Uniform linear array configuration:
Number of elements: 64
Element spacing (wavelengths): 1
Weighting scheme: uniform
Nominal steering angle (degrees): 30
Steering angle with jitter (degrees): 28.928
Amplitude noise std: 0.05
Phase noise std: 0.05

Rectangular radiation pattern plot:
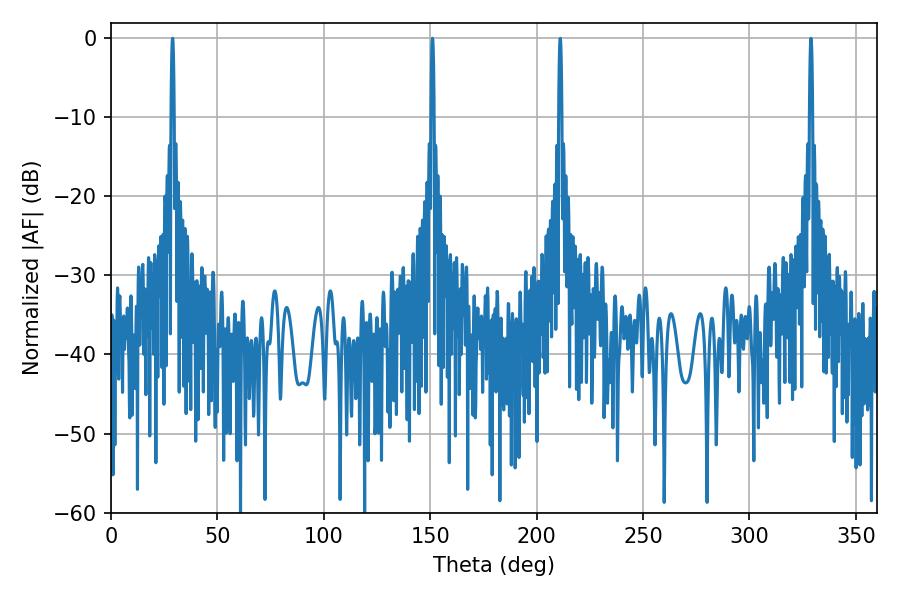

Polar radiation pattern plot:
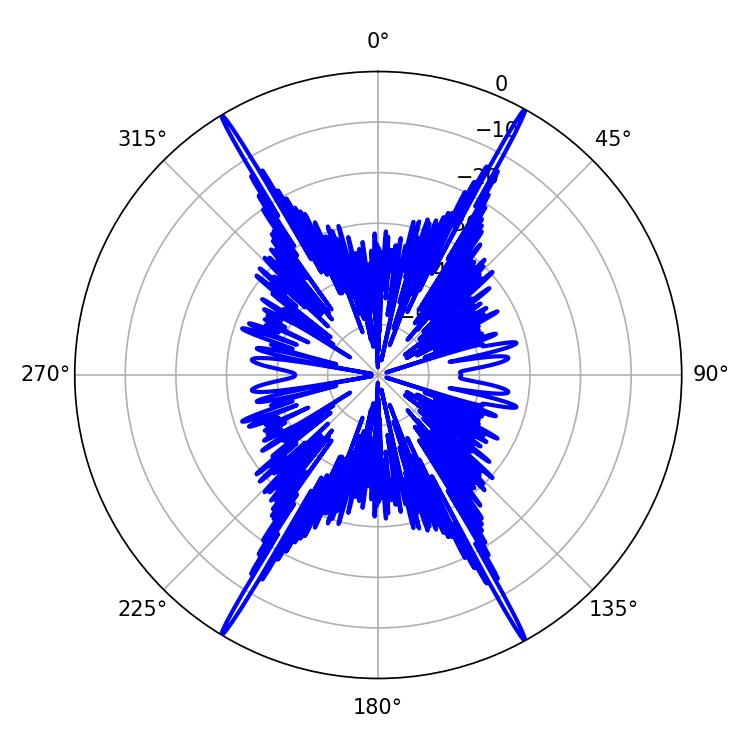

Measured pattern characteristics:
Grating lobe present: TRUE
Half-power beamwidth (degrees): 0.72
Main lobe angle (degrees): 151.02